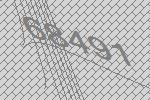
68491